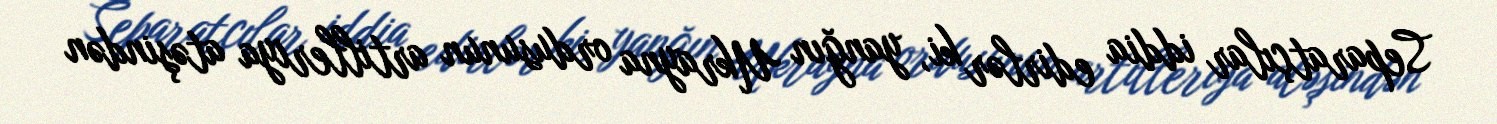
Separatçılar iddia edirlər ki, yanğın Ukrayna ordusunun artilleriya atəşindən